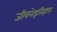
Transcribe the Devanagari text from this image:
जीवनेइतिहास